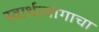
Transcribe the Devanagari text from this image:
स्वार्थत्यागाचा